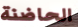
الحاضنة